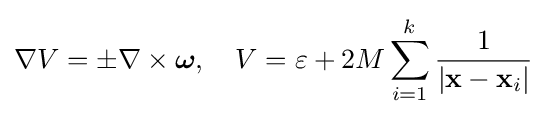
\nabla V=\pm \nabla \times {\boldsymbol {\omega }},\quad V=\varepsilon +2M\sum _{i=1}^{k}{\frac {1}{|\mathbf {x} -\mathbf {x} _{i}|}}